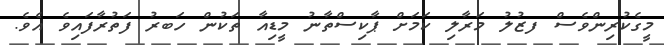
މީގެކުރިންވެސް ފޒުލު މަރާލި ކަމަށް ޕާކިސްތާނު މީޑިއާ ތަކުން ހަބރު ފަތުރާފައިވެ އެވެ.